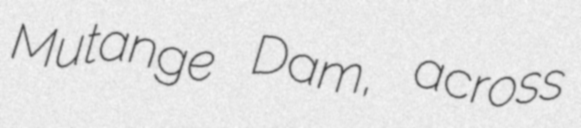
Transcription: Mutange Dam, across